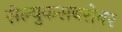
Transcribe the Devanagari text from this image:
सेल्युकसबरोबर